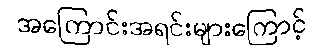
အကြောင်းအရင်းများကြောင့်